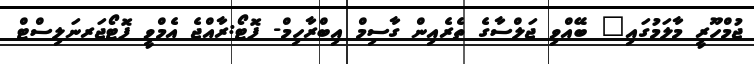
ޖުމްހޫރީ މާލަމުގައި" ބޭއްވި ޖަލްސާގެ ތެރެއިން ގާސިމް އިބްރާހިމް- ފޮޓޯ:ރާއްޖެ އެމްވީ ފޮޓޯޖަރނަލިސްޓް